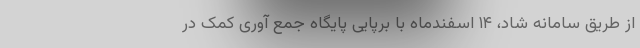
از طریق سامانه شاد، ۱۴ اسفندماه با برپایی پایگاه جمع آوری کمک در